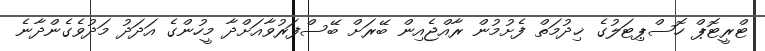
ޓްރީޓޮޕް ހޮސްޕިޓަލުގެ ޚިދުމަތް ފެށުމުން ރާއްޖެއިން ބޭރަށް ބޭސްފަރުވާއަށްދާ މީހުންގެ އަދަދު މަދުވެގެންދާނެ